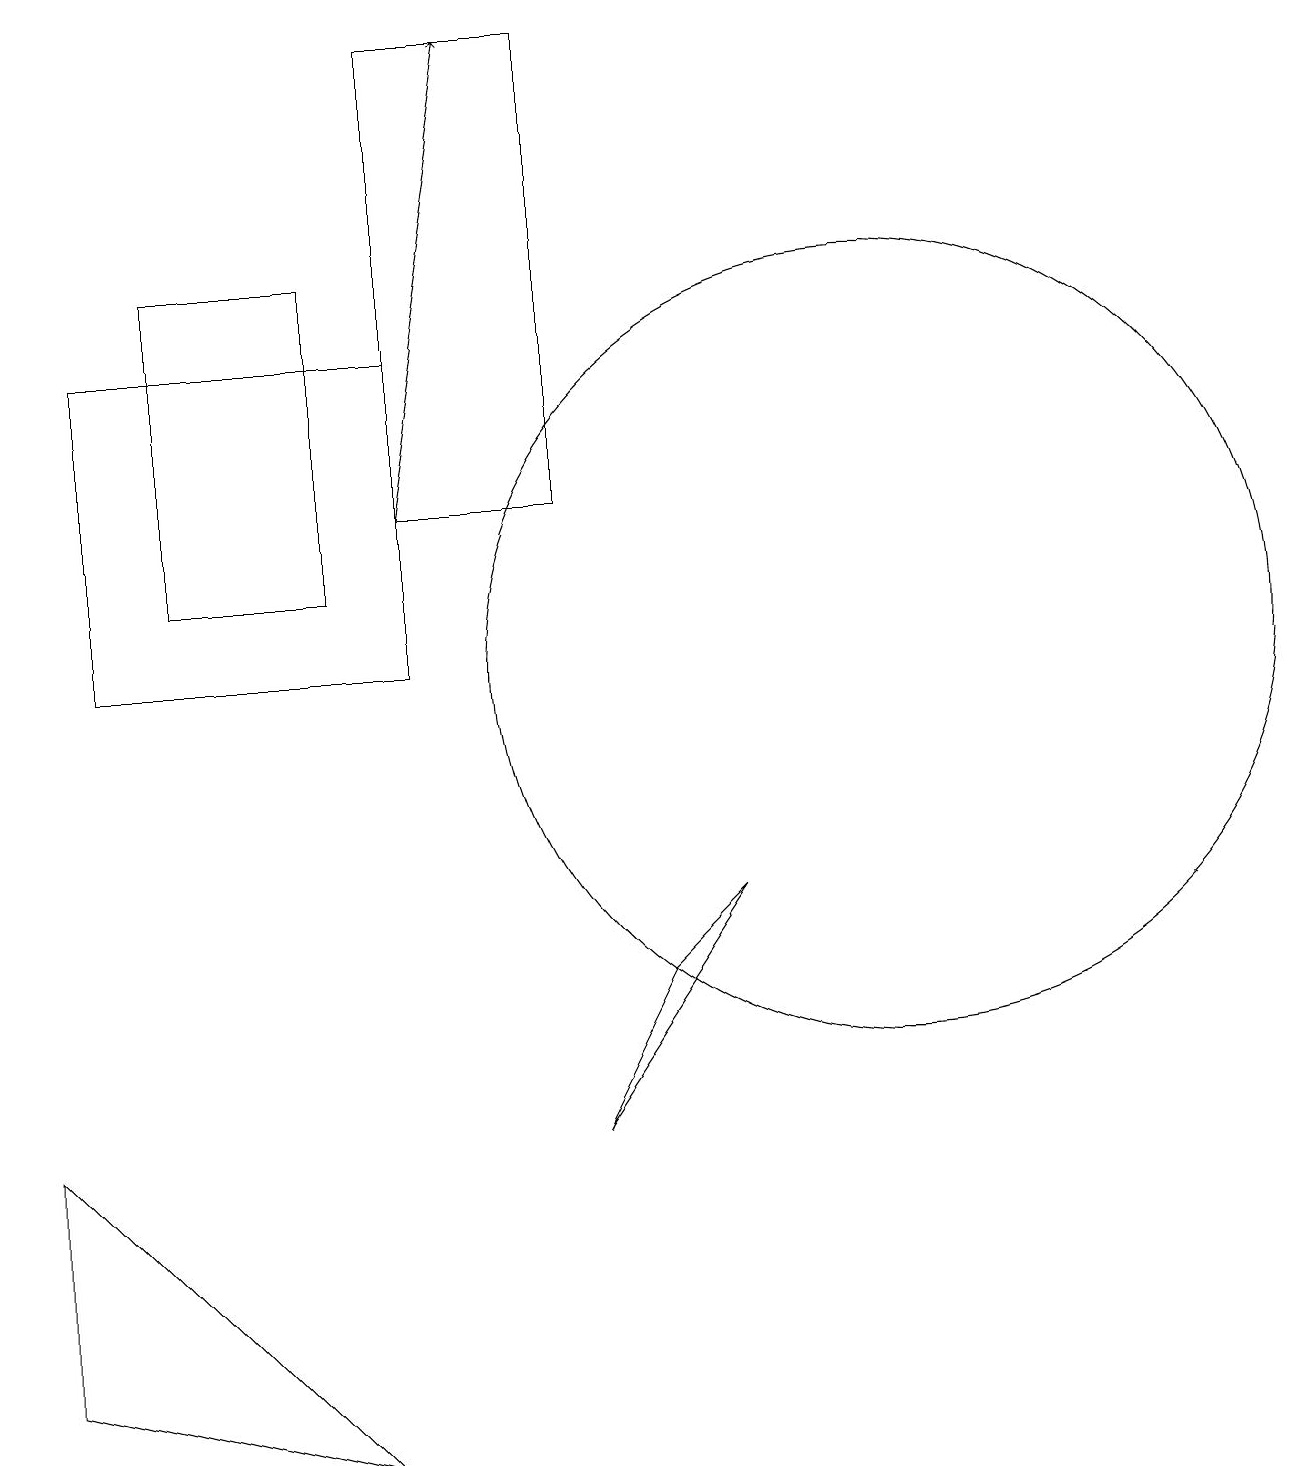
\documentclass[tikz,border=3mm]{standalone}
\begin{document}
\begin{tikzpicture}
\draw (9,8) -- (8,7) -- (7,5) -- cycle;
\draw (0,5) -- (4,1) -- (0,2) -- cycle;
\draw (11,11) circle (5);
\draw (2,16) rectangle (4,12);
\draw (7,19) rectangle (5,13);
\draw (1,15) rectangle (5,11);
\draw (11,10) circle (0);
\draw[->] (5,13) -- (6,19);
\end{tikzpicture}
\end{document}